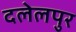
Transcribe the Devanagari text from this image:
दलेलपुर